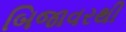
બિજાવરથી